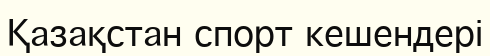
Қазақстан спорт кешендері